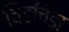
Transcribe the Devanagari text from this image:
चिड़चिडा